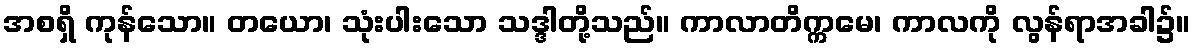
အစရှိ ကုန်သော။ တယော၊ သုံးပါးသော သဒ္ဒါတို့သည်။ ကာလာတိက္ကမေ၊ ကာလကို လွန်ရာအခါ၌။